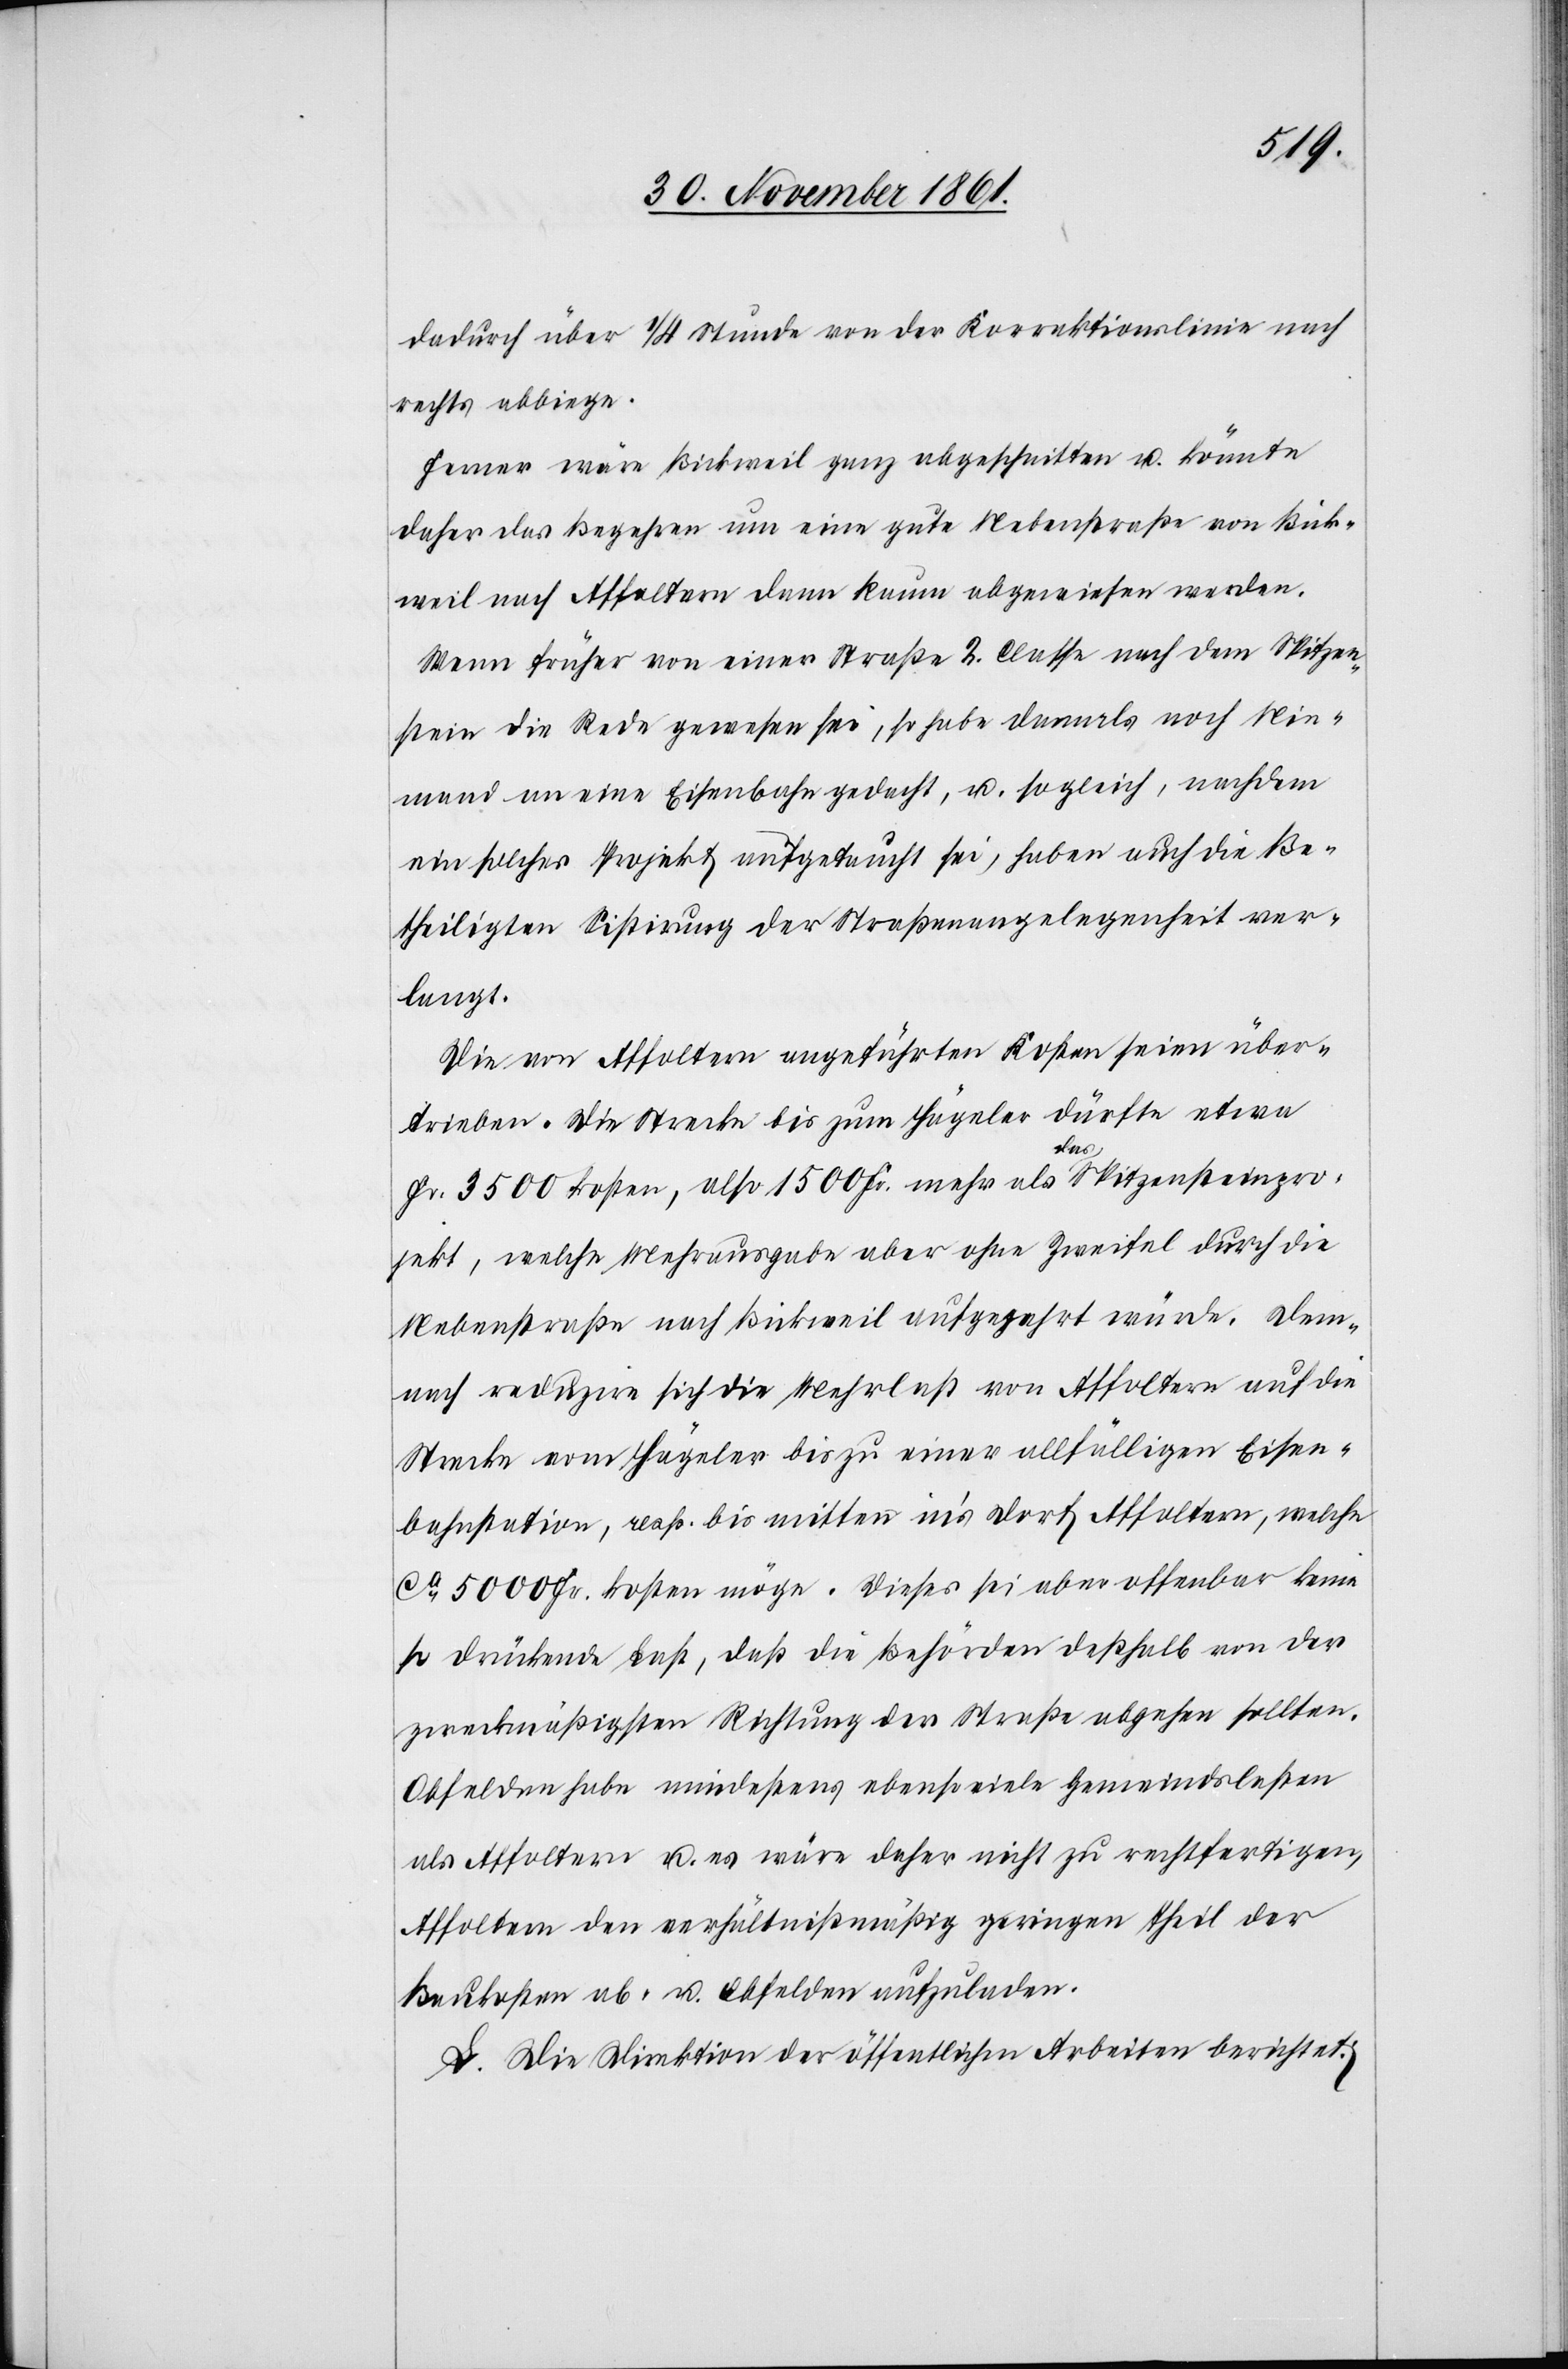
dadurch über 1/4 Stunde von der Korrektionslinie nach
rechts abbiege.
Ferner wäre Bickweil ganz abgeschnitten u. könnte
daher das Begehren um eine gute Nebenstraße von Bick¬
weil nach Affoltern dann kaum abgewiesen werden.
Wenn früher von einer Straße 2 Classe nach dem Spitzen¬
stein die Rede gewesen sei, so habe damals noch Nie¬
mand an eine Eisenbahn gedacht, u. sogleich, nachdem
ein solches Projekt aufgetaucht sei, haben auch die Be¬
theiligten Sistirung der Straßenangelegenheit ver¬
langt.
Die von Affoltern angeführten Kosten seien über¬
trieben. Die Straße bis zum Hägeler dürfte etwa
Fr. 3500 kosten, also 1500 Fr. mehr als das Spitzensteinpro¬
jekt, welche Mehrausgabe aber ohne Zweifel durch die
Nebenstraße nach Bickweil aufgezehrt würde. Dem¬
nach reduzire sich die Mehrlast von Affoltern auf die
Strecke vom Hägeler bis zu einer allfälligen Eisen¬
bahnstation, resp. bis mitten in’s Dorf Affoltern, welche
ca 5000 Fr. kosten möge. Dieses sei aber offenbar keine
so drückende Last, daß die Behörden deßhalb von der
zweckmäßigsten Richtung der Straße abgehen sollten.
Obfelden habe mindestens ebenso viele Gemeindslasten
als Affoltern u. es wäre daher nicht zu rechtfertigen,
Affoltern den verhältnißmäßig geringen Theil der
Baukosten ab- u. Obfelden aufzuladen.
L. Die Direktion der öffentlichen Arbeiten berichtet: